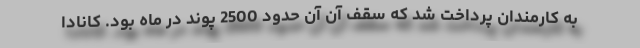
به کارمندان پرداخت شد که سقف آن آن حدود 2500 پوند در ماه بود. کانادا